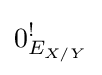
0_{E_{X/Y}}^{!}